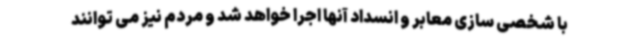
با شخصی سازی معابر و انسداد آنها اجرا خواهد شد و مردم نیز می توانند